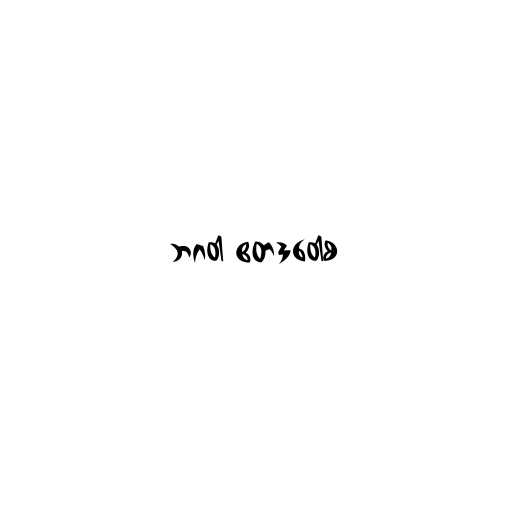
ဘဂဝါ ဧတဒဝေါစ